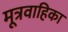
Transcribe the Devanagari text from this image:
मूत्रवाहिका